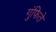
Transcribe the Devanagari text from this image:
गुंफिते